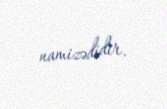
namizədidir.